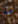
ما